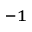
^ { - 1 }